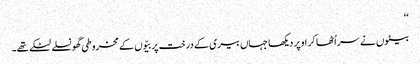
‘‘
بیٹوں نے سر اُٹھا کر اوپر دیکھا جہاں بیری کے درخت پر بیّوں کے مخروطی گھونسلے لٹکے تھے۔